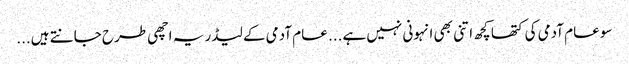
سو عام آدمی کی کتھا کچھ اتنی بھی انہونی نہیں ہے... عام آدمی کے لیڈر یہ اچھی طرح جانتے ہیں...